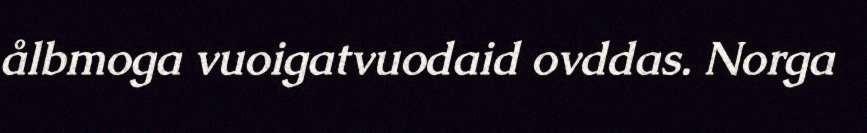
ålbmoga vuoigatvuodaid ovddas. Norga